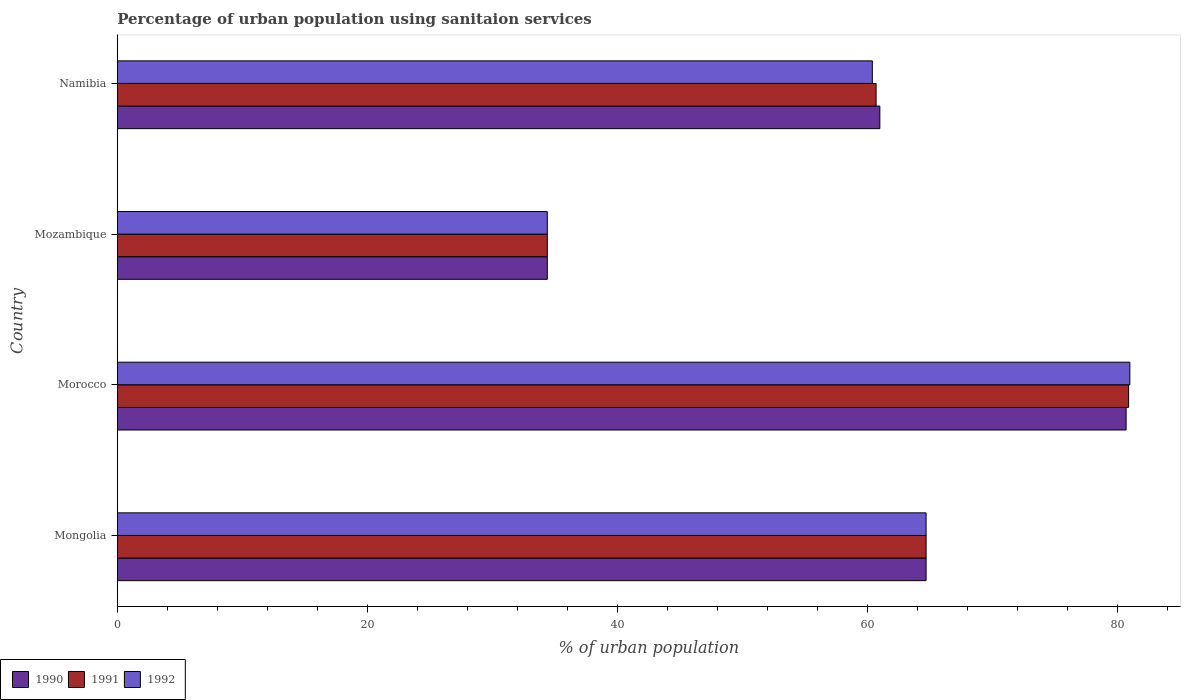
| Country | 1990 | 1991 | 1992 |
 | --- | --- | --- | --- |
 | Mongolia | 64.7 | 64.7 | 64.7 |
 | Morocco | 80.7 | 80.9 | 81 |
 | Mozambique | 34.4 | 34.4 | 34.4 |
 | Namibia | 61 | 60.7 | 60.4 |